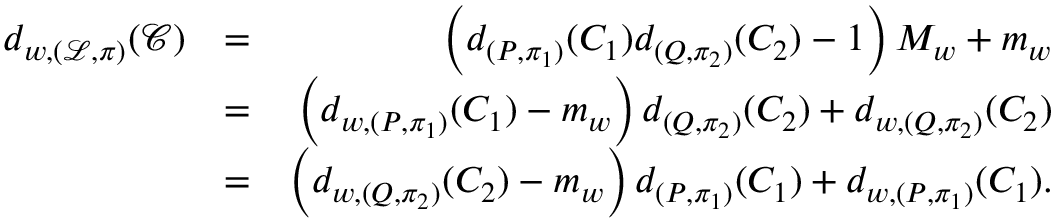
\begin{array} { r l r } { d _ { w , ( \mathcal { L } , \pi ) } ( \mathcal { C } ) } & { = } & { \left( d _ { ( P , \pi _ { 1 } ) } ( C _ { 1 } ) d _ { ( Q , \pi _ { 2 } ) } ( C _ { 2 } ) - 1 \right) M _ { w } + m _ { w } } \\ & { = } & { \left( d _ { w , ( P , \pi _ { 1 } ) } ( C _ { 1 } ) - m _ { w } \right) d _ { ( Q , \pi _ { 2 } ) } ( C _ { 2 } ) + d _ { w , ( Q , \pi _ { 2 } ) } ( C _ { 2 } ) } \\ & { = } & { \left( d _ { w , ( Q , \pi _ { 2 } ) } ( C _ { 2 } ) - m _ { w } \right) d _ { ( P , \pi _ { 1 } ) } ( C _ { 1 } ) + d _ { w , ( P , \pi _ { 1 } ) } ( C _ { 1 } ) . } \end{array}